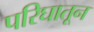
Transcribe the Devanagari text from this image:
परिघातून